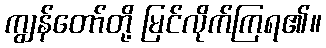
ကျွန်တော်တို့ မြင်လိုက်ကြရ၏။